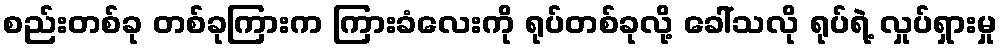
စည်းတစ်ခု တစ်ခုကြားက ကြားခံလေးကို ရုပ်တစ်ခုလို့ ခေါ်သလို ရုပ်ရဲ့ လှုပ်ရှားမှု